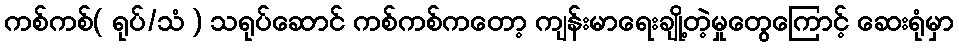
ကစ်ကစ်( ရုပ်/သံ ) သရုပ်ဆောင် ကစ်ကစ်ကတော့ ကျန်းမာရေးချို့တဲ့မှုတွေကြောင့် ဆေးရုံမှာ